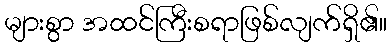
များစွာ အထင်ကြီးစရာဖြစ်လျက်ရှိ၏။